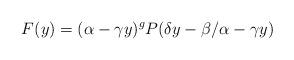
LaTeX: \begin{align*} F(y)=(\alpha-\gamma y)^g P({\delta y-\beta}/{\alpha -\gamma y})\end{align*}